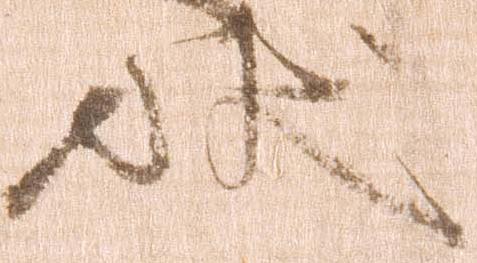
状